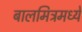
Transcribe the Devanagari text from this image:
बालमित्रमध्ये